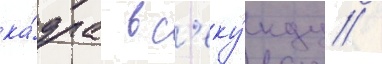
ка́дра в с'еку́нду /